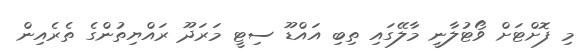
މި ފޮށްޓަށް ވޯޓުލާނީ މާލޭގައި ތިބި އައްޑޫ ސިޓީ މަރަދޫ ރައްޔިތުންގެ ތެރެއިން